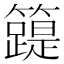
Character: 𥶛